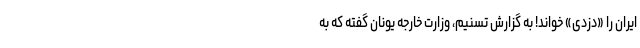
ایران را «دزدی» خواند! به گزارش تسنیم، وزارت خارجه یونان گفته که به